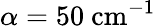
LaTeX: \alpha=50~\mathrm{cm}^{-1}